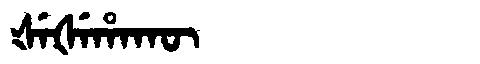
Manchu: ᡧᡝᡧᡝᡥᠠᡴᡡ
Romanization: ŠEŠEHAKŪ